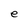
Character: e